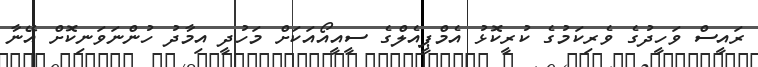
ރައީސް ވަހީދުގެ ވެރިކަމުގެ ކުރީކޮޅު އެމްޕީއެލްގެ ސީއީއޯއަކަށް މަހުދީ އިމާދު ހުންނަވަނިކޮށް އޭނާ